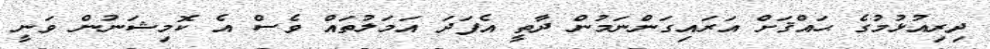
ދިރިއުޅުމުގެ ޙައްޤަށް އަރައިގަންނަމުން ދާތީ އެފަދަ އަމަލުތައް ވެސް އެ ކޮމިޝަނުން ވަނީ